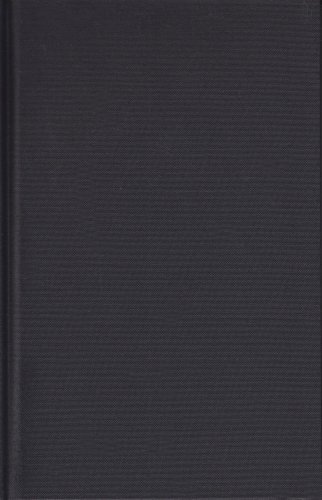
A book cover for One Man Out: Curt Flood versus Baseball (Landmark Law Cases and American Society); Robert M. Goldman; Law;